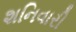
શનિવારી